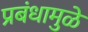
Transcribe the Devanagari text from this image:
प्रबंधामुळे